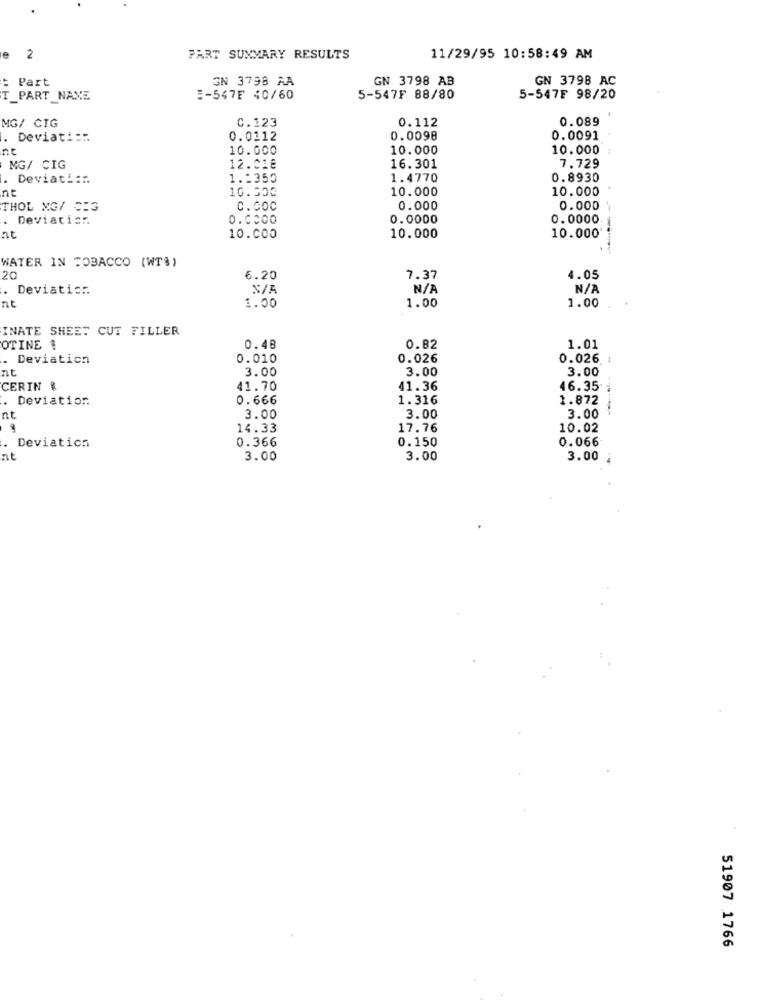
e
2
FART SUMMARY RESULTS
11/29/95 10:58:49 AM
: Part
GN 3798 AA
GN 3798 AB
GN 379B AC
T_PART_ NAME
E-547F 40/60
5-547F 88/80
5-547₣ 98/20
MG/ CIG
C.123
0.112
0.089
. Deviati:".
0.0112
0.0098
0.0091
nt
10.000
10.000
10.000
MG/ CIG
12.01€
16.301
7.729
Deviati ::
1 .: 350
1.4770
0.8930
nt
10.500
10.000
10.000
THOL MG/ SIG
0.000
0.000
0.000
. Deviation
0.0000
0.0000
0.0000
nt
10.000
10.000
10.000
WATER IN TOBACCO (WT$)
20
6.20
7.37
4.05
Deviatic ..
1.00
1.00
nt
1.00
INATE SHEET CUT FILLER
OTINE ?
0.48
0.82
1.01
Deviation
0.010
0.026
0.026
nt
3.00
3.00
3.00
CERIN %
41.70
41.36
46.35
.
Deviation.
0.666
1.316
1.872
nt
3.00
3.00
3.00
14.33
17.76
10.02
0.366
0.150
0.066
. Deviation
nt
3.00
3.00
3.00 ;
51907 1766